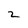
Character: 2